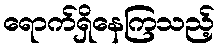
ရောက်ရှိနေကြသည့်